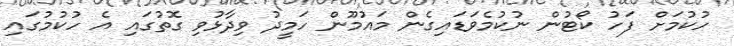
ހުކުމަށް ފަހު ކޯޓުން ނުކުމެވަޑައިގެން މައުމޫން ހަމީދު ވިދާޅުވި ގޮތުގައި އެ ހުކުމުގައި